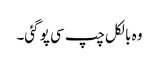
وہ بالکل چپ سی پو گئی۔